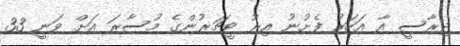
ދިރާސީ އާ އަހަރު ފެށުނު އިރު ޓީޗަރުންގެ މުސާރަ އަށް ވަނީ 33